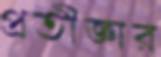
প্রতীজ্ঞার